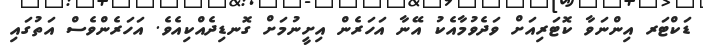
ޑަކްޓަރ އިންނަވާ ކޮޓަރިއަށް ވަދެވުމާއެކު އޭނާ އަހަރެން އިށީނުމަށް ގޮނޑިދެއްކިއެވެ. އަހަރެންވެސް އަތުގައި